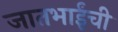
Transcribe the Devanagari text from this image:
जातभाईंची